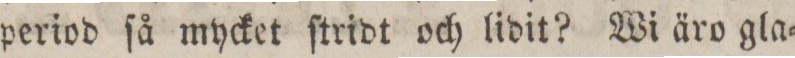
period ſå mycket ſtridt och lidit? Wi äro gla=